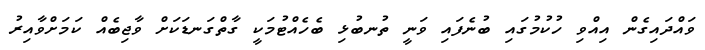
ވައްދައިގެން އިއްވި ހުކުމުގައި ބުނެފައި ވަނީ ތުނބުޅި ބެހެއްޓުމަކީ ގާތްގަނޑަކަށް ވާޖިބެއް ކަމަށްވާއިރު